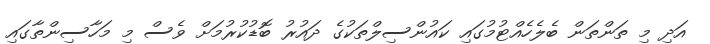
އަދި މި ތަންތަން ބެލެހެއްޓުމުގައި ކައުންސިލްތަކުގެ ދައުރު ބޮޑުކުރުމަށް ވެސް މި މަހާސިންތާގައި